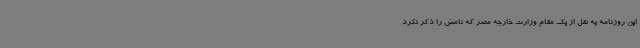
این روزنامه به نقل از یک مقام وزارت خارجه مصر که نامش را ذکر نکرد